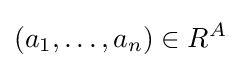
(a_{1},\ldots ,a_{n})\in R^{A}